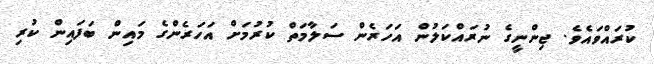
ކުރައްވައެވެ. ޖިންނީގެ ނުރައްކަލުން އަހަރެން ސަލާމަތް ކުރުމަށް އަހަރެންގެ މައިން ބަފައިން ކުރި